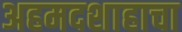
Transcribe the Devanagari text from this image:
अहमदशाहाचा